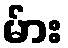
မ်ား